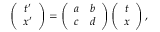
\left( \begin{array} { c } { { t ^ { \prime } } } \\ { { x ^ { \prime } } } \end{array} \right) = \left( \begin{array} { r l } { { a } } & { { b } } \\ { { c } } & { { d } } \end{array} \right) \left( \begin{array} { c } { { t } } \\ { { x } } \end{array} \right) ,